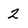
Character: 2